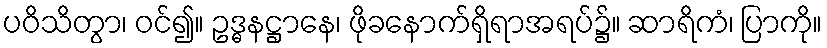
ပဝိသိတွာ၊ ဝင်၍။ ဥဒ္ဓနဋ္ဌာနေ၊ ဖိုခနောက်ရှိရာအရပ်၌။ ဆာရိကံ၊ ပြာကို။